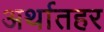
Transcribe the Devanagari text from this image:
अर्थातहर